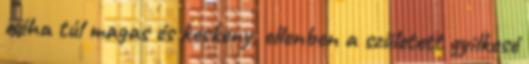
néha túl magas és keskeny, ellenben a született gyilkosé